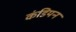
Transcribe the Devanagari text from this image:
कंडियन